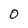
Character: 0